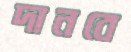
দানবে